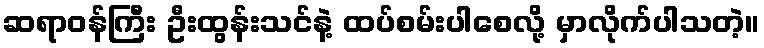
ဆရာဝန်ကြီး ဦးထွန်းသင်နဲ့ ထပ်စမ်းပါစေလို့ မှာလိုက်ပါသတဲ့။